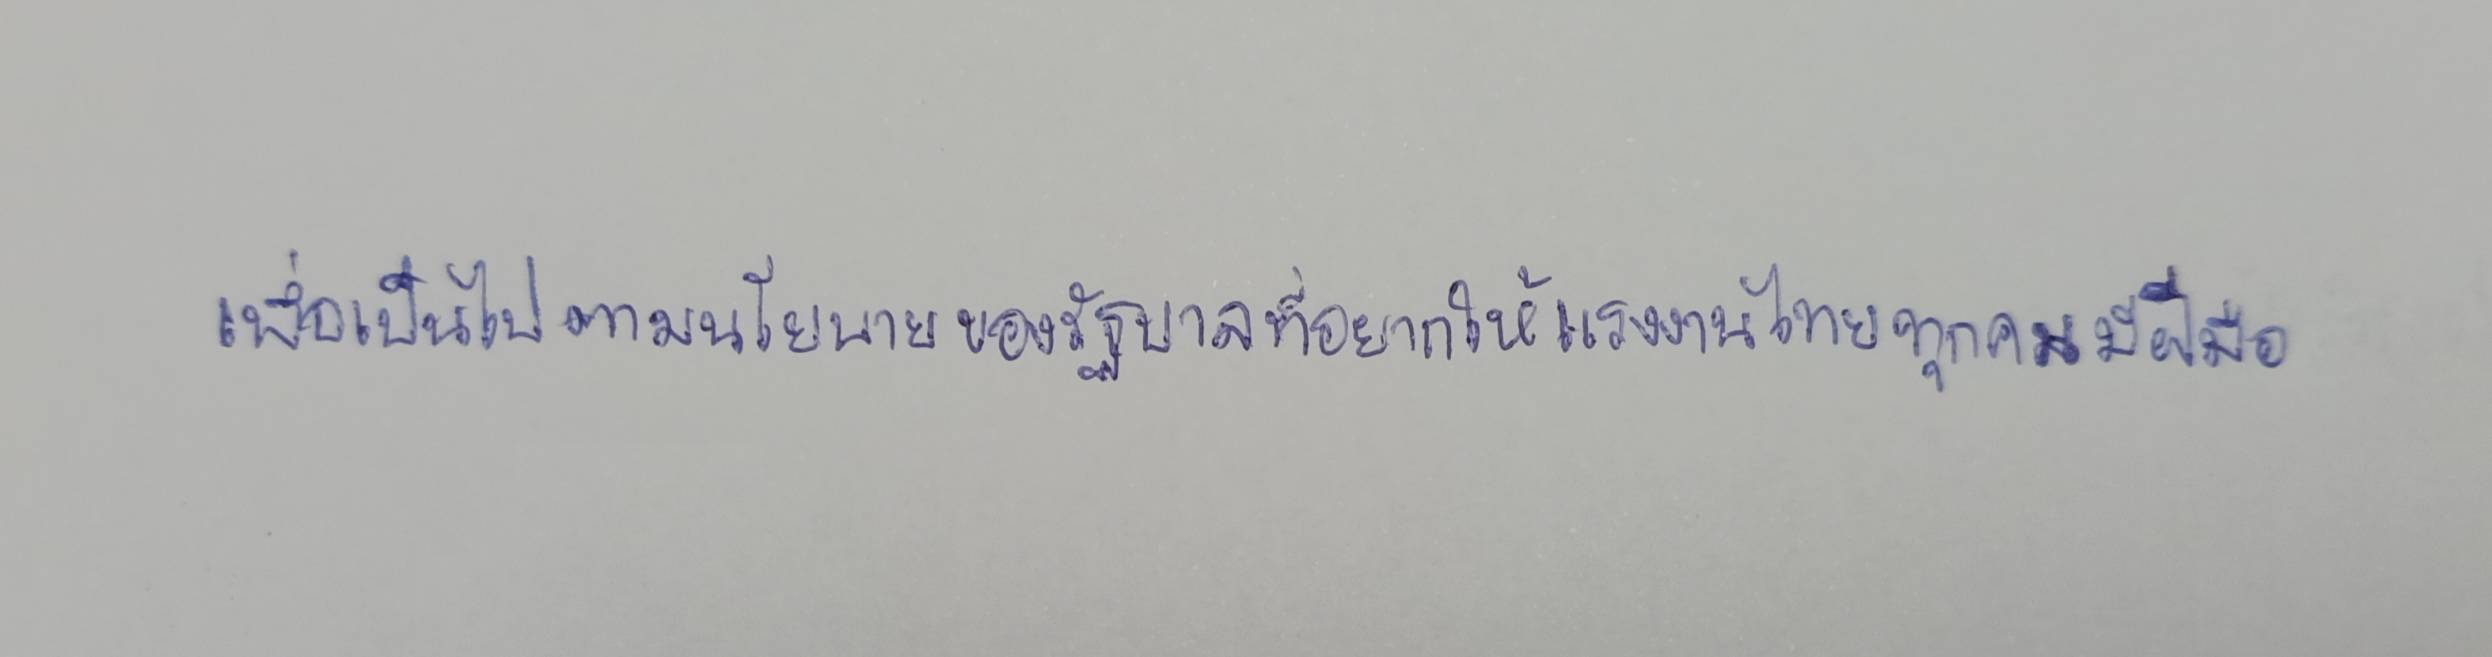
เพื่อให้เป็นไปตามนโยบายของรัฐบาลที่อยากให้แรงงานไทยทุกคนมีฝีมือ